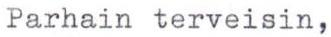
Parhain terveisin,